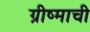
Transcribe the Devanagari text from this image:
ग्रीष्माची